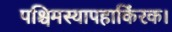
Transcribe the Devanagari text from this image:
पश्चिमस्यापहाकिंरक।